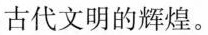
古代文明的辉煌。